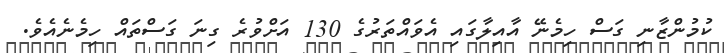
ކުމުންޒާނި ގަސް ހިމެނޭ އާއިލާގައި އެވައްތަރުގެ 130 އަށްވުރެ ގިނަ ގަސްތައް ހިމެނެއެވެ.